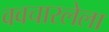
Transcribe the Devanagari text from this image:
ववचारलेला